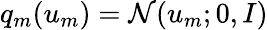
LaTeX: q_{m}(u_{m})=\mathcal{N}(u_{m};0,I)